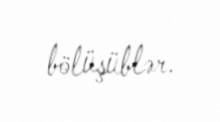
bölüşüblər.